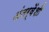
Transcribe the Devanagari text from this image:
अंतर्वेंशी